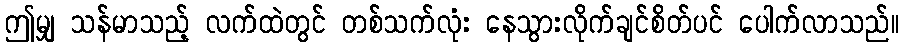
ဤမျှ သန်မာသည့် လက်ထဲတွင် တစ်သက်လုံး နေသွားလိုက်ချင်စိတ်ပင် ပေါက်လာသည်။